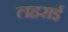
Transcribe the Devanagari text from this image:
लहराई